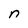
Character: n